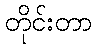
တိုင်းတာ